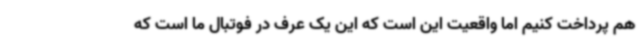
هم پرداخت کنیم اما واقعیت این است که این یک عرف در فوتبال ما است که